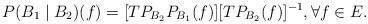
LaTeX: \begin{align*}P(B_1\mid B_2)(f)=[TP_{B_2}P_{B_1}(f)][TP_{B_2}(f)]^{-1}, \forall f\in E.\end{align*}